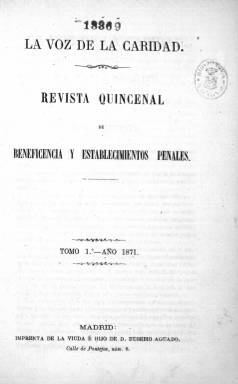
Título: La Voz de la caridad
Otros títulos: Voz de la caridad, Sección de beneficencia || Voz de la caridad, Sección penitenciaria
Colección: Establecimientos penitenciarios || Asuntos sociales
Ámbito geográfico: Madrid
Lugar de publicación: Madrid
Fechas: 15/03/1870-15/12/1883